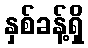
နှစ်ခန့်ရှိ